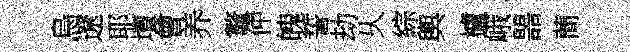
烏遼耶壇會养鼇仲魄誓劫乆綜輿櫨峨噐蕳